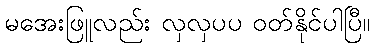
မအေးဖြူလည်း လှလှပပ ဝတ်နိုင်ပါပြီ။